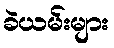
ခဲယမ်းများ